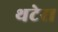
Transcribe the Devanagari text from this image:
थटेरा